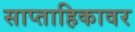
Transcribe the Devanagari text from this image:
साप्ताहिकावर